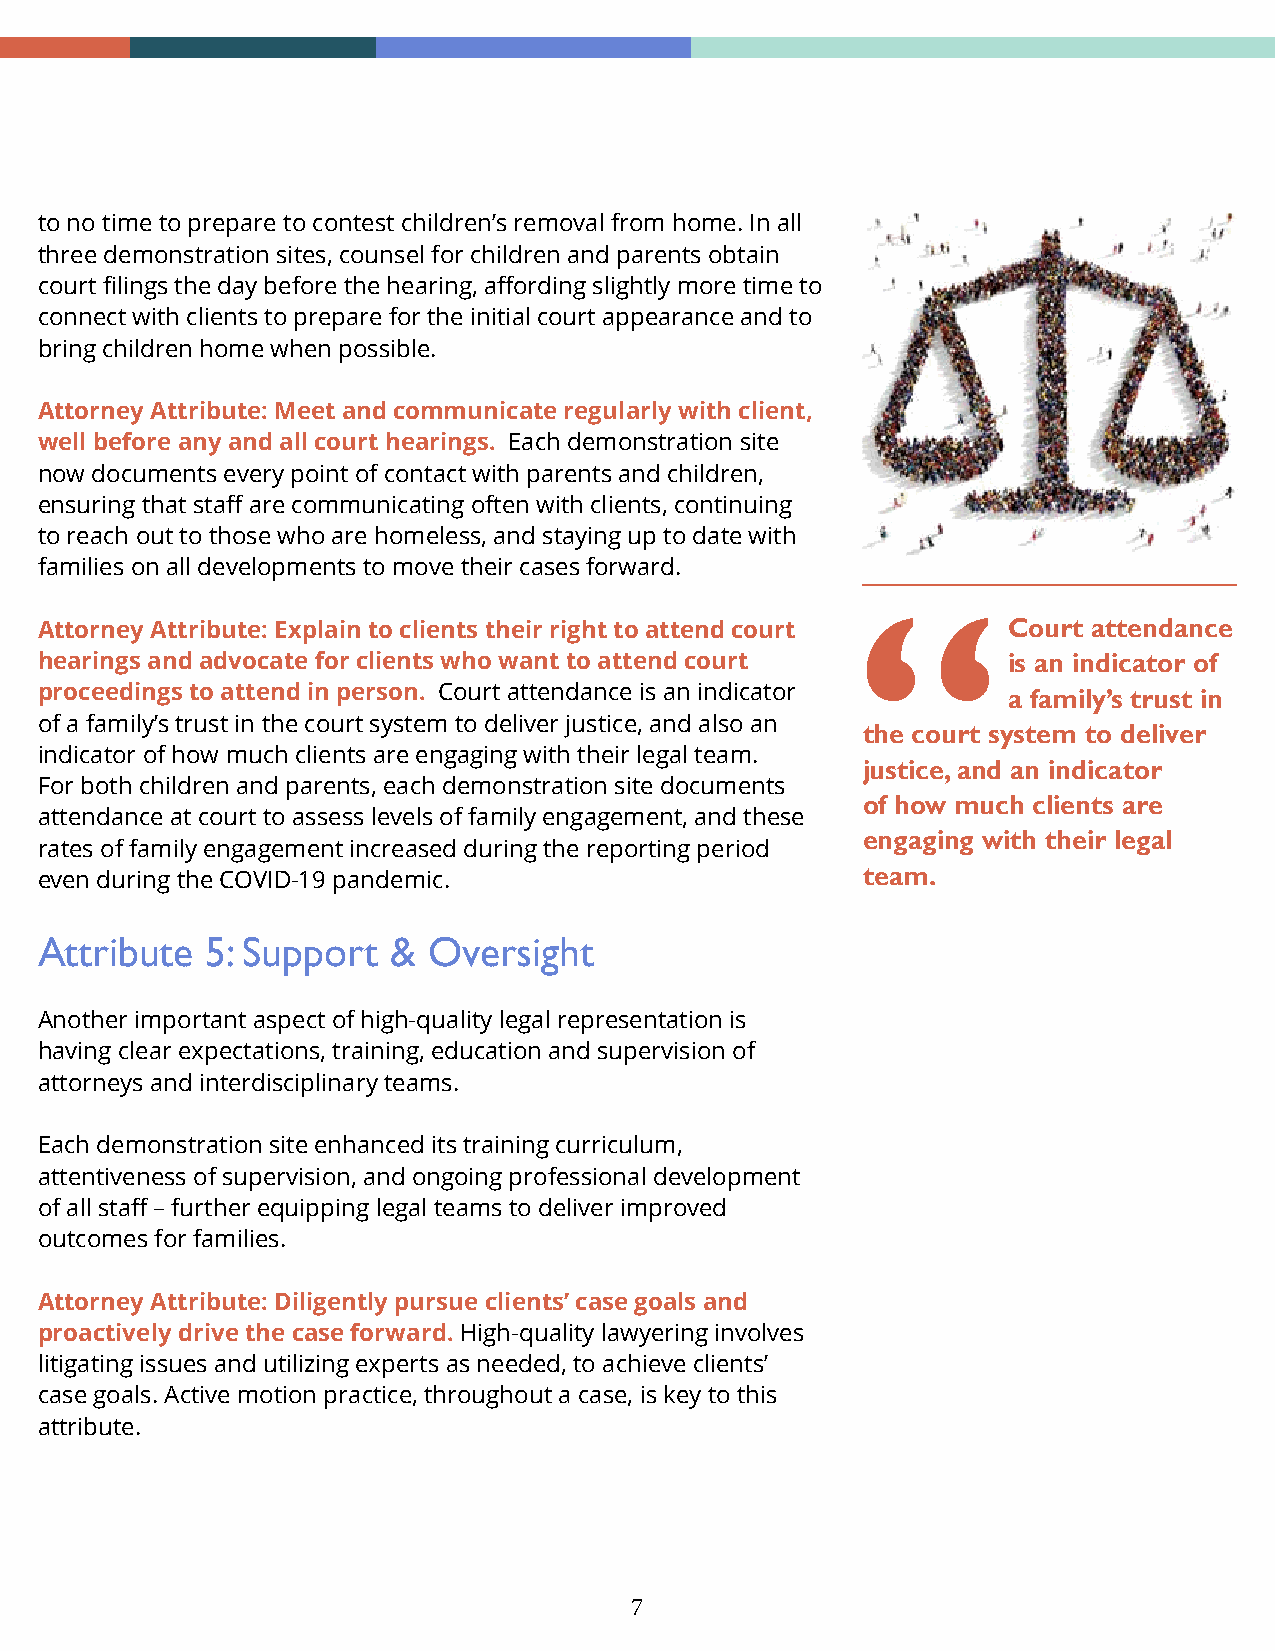
to no time to prepare to contest children’s removal from home. In all
 three demonstration sites, counsel for children and parents obtain
 court filings the day before the hearing, affording slightly more time to
 connect with clients to prepare for the initial court appearance and to
 bring children home when possible.
 Attorney Attribute: Meet and communicate regularly with client,
 well before any and all court hearings. Each demonstration site
 now documents every point of contact with parents and children,
 ensuring that staff are communicating often with clients, continuing
 to reach out to those who are homeless, and staying up to date with
 families on all developments to move their cases forward.
 Attorney Attribute: Explain to clients their right to attend court Court attendance
 hearings and advocate for clients who want to attend court       is an indicator of
 proceedings to attend in person. Court attendance is an indicator a family’s trust in
 of a family’s trust in the court system to deliver justice, and also an
 the court system to deliver
 indicator of how much clients are engaging with their legal team.
 justice, and an indicator
 For both children and parents, each demonstration site documents
 of how much clients are
 attendance at court to assess levels of family engagement, and these
 engaging with their legal
 rates of family engagement increased during the reporting period
 even during the COVID-19 pandemic.                     team.
 Attribute   5: Support  & Oversight
 Another important aspect of high-quality legal representation is
 having clear expectations, training, education and supervision of
 attorneys and interdisciplinary teams.
 Each demonstration site enhanced its training curriculum,
 attentiveness of supervision, and ongoing professional development
 of all staff – further equipping legal teams to deliver improved
 outcomes for families.
 Attorney Attribute: Diligently pursue clients’ case goals and
 proactively drive the case forward. High-quality lawyering involves
 litigating issues and utilizing experts as needed, to achieve clients’
 case goals. Active motion practice, throughout a case, is key to this
 attribute.
 7